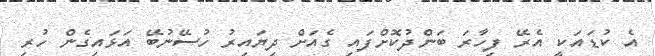
އެ ކުޑައަކީ އެރޭ ފިހާރަ ބަންދުކޮށްފައި ގެއަށް ދިޔައިރު ހުސޭނުބޭ އަޅައިގެން ހުރި